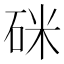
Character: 𥒄